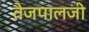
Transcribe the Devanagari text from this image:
तेजपालजी